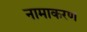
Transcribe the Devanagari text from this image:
नामाकरण्‍ा